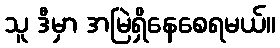
သူ ဒီမှာ အမြဲရှိနေစေရမယ်။